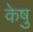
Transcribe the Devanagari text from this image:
केषु